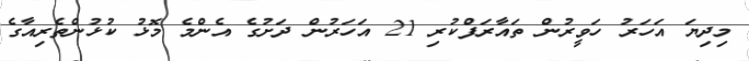
މިދިޔަ އަހަރު ހަވީރުން ތައާރަފްކުރި 21 އަހަރުން ދަށުގެ އެންމެ މޮޅު ކުޅުންތެރިއާގެ